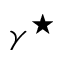
\gamma ^ { \star }